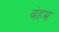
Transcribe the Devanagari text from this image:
बंहम